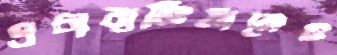
প্রচারাভিযানেও